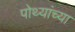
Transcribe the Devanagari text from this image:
पोथ्यांच्या